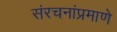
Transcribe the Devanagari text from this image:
संरचनांप्रमाणे